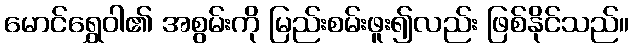
မောင်ရွှေဝါ၏ အစွမ်းကို မြည်းစမ်းဖူး၍လည်း ဖြစ်နိုင်သည်။